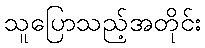
သူပြောသည့်အတိုင်း